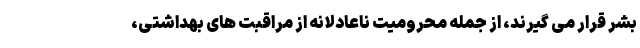
بشر قرار می گیرند، از جمله محرومیت ناعادلانه از مراقبت های بهداشتی،